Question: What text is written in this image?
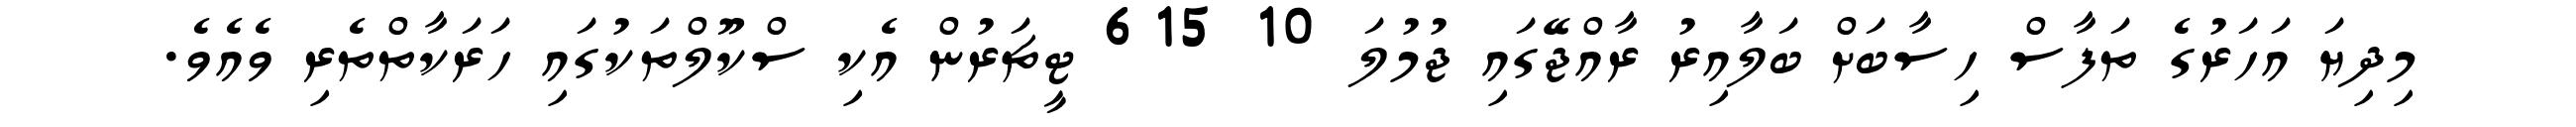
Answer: މިދިޔަ އަހަރުގެ ތަފާސް ހިސާބަށް ބަލާއިރު ރާއްޖޭގައި ޖުމުލަ 10 615 ޓީޗަރުން އެކި ސްކޫލްތަކުގައި ހަރަކާތްތެރި ވެއެވެ.